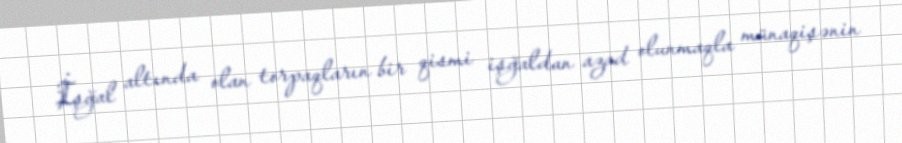
İşğal altında olan torpaqların bir qismi işğaldan azad olunmaqla münaqişənin